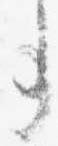
事